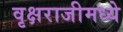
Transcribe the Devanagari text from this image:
वृक्षराजीमध्ये